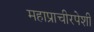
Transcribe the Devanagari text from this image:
महाप्राचीरपेशी